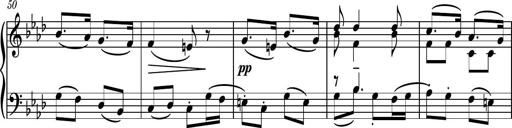
Title: Piano Sonatina II
Composer: Dimitri Sykias
Key: F major